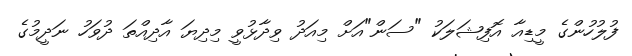
ފުލުހުންގެ މީޑިއާ އޮފިޝަލަކު "ސަން"އަށް މިއަދު ވިދާޅުވީ މިދިޔަ އާދިއްތަ ދުވަހު ނަދީމުގެ